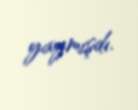
yaymışdı.